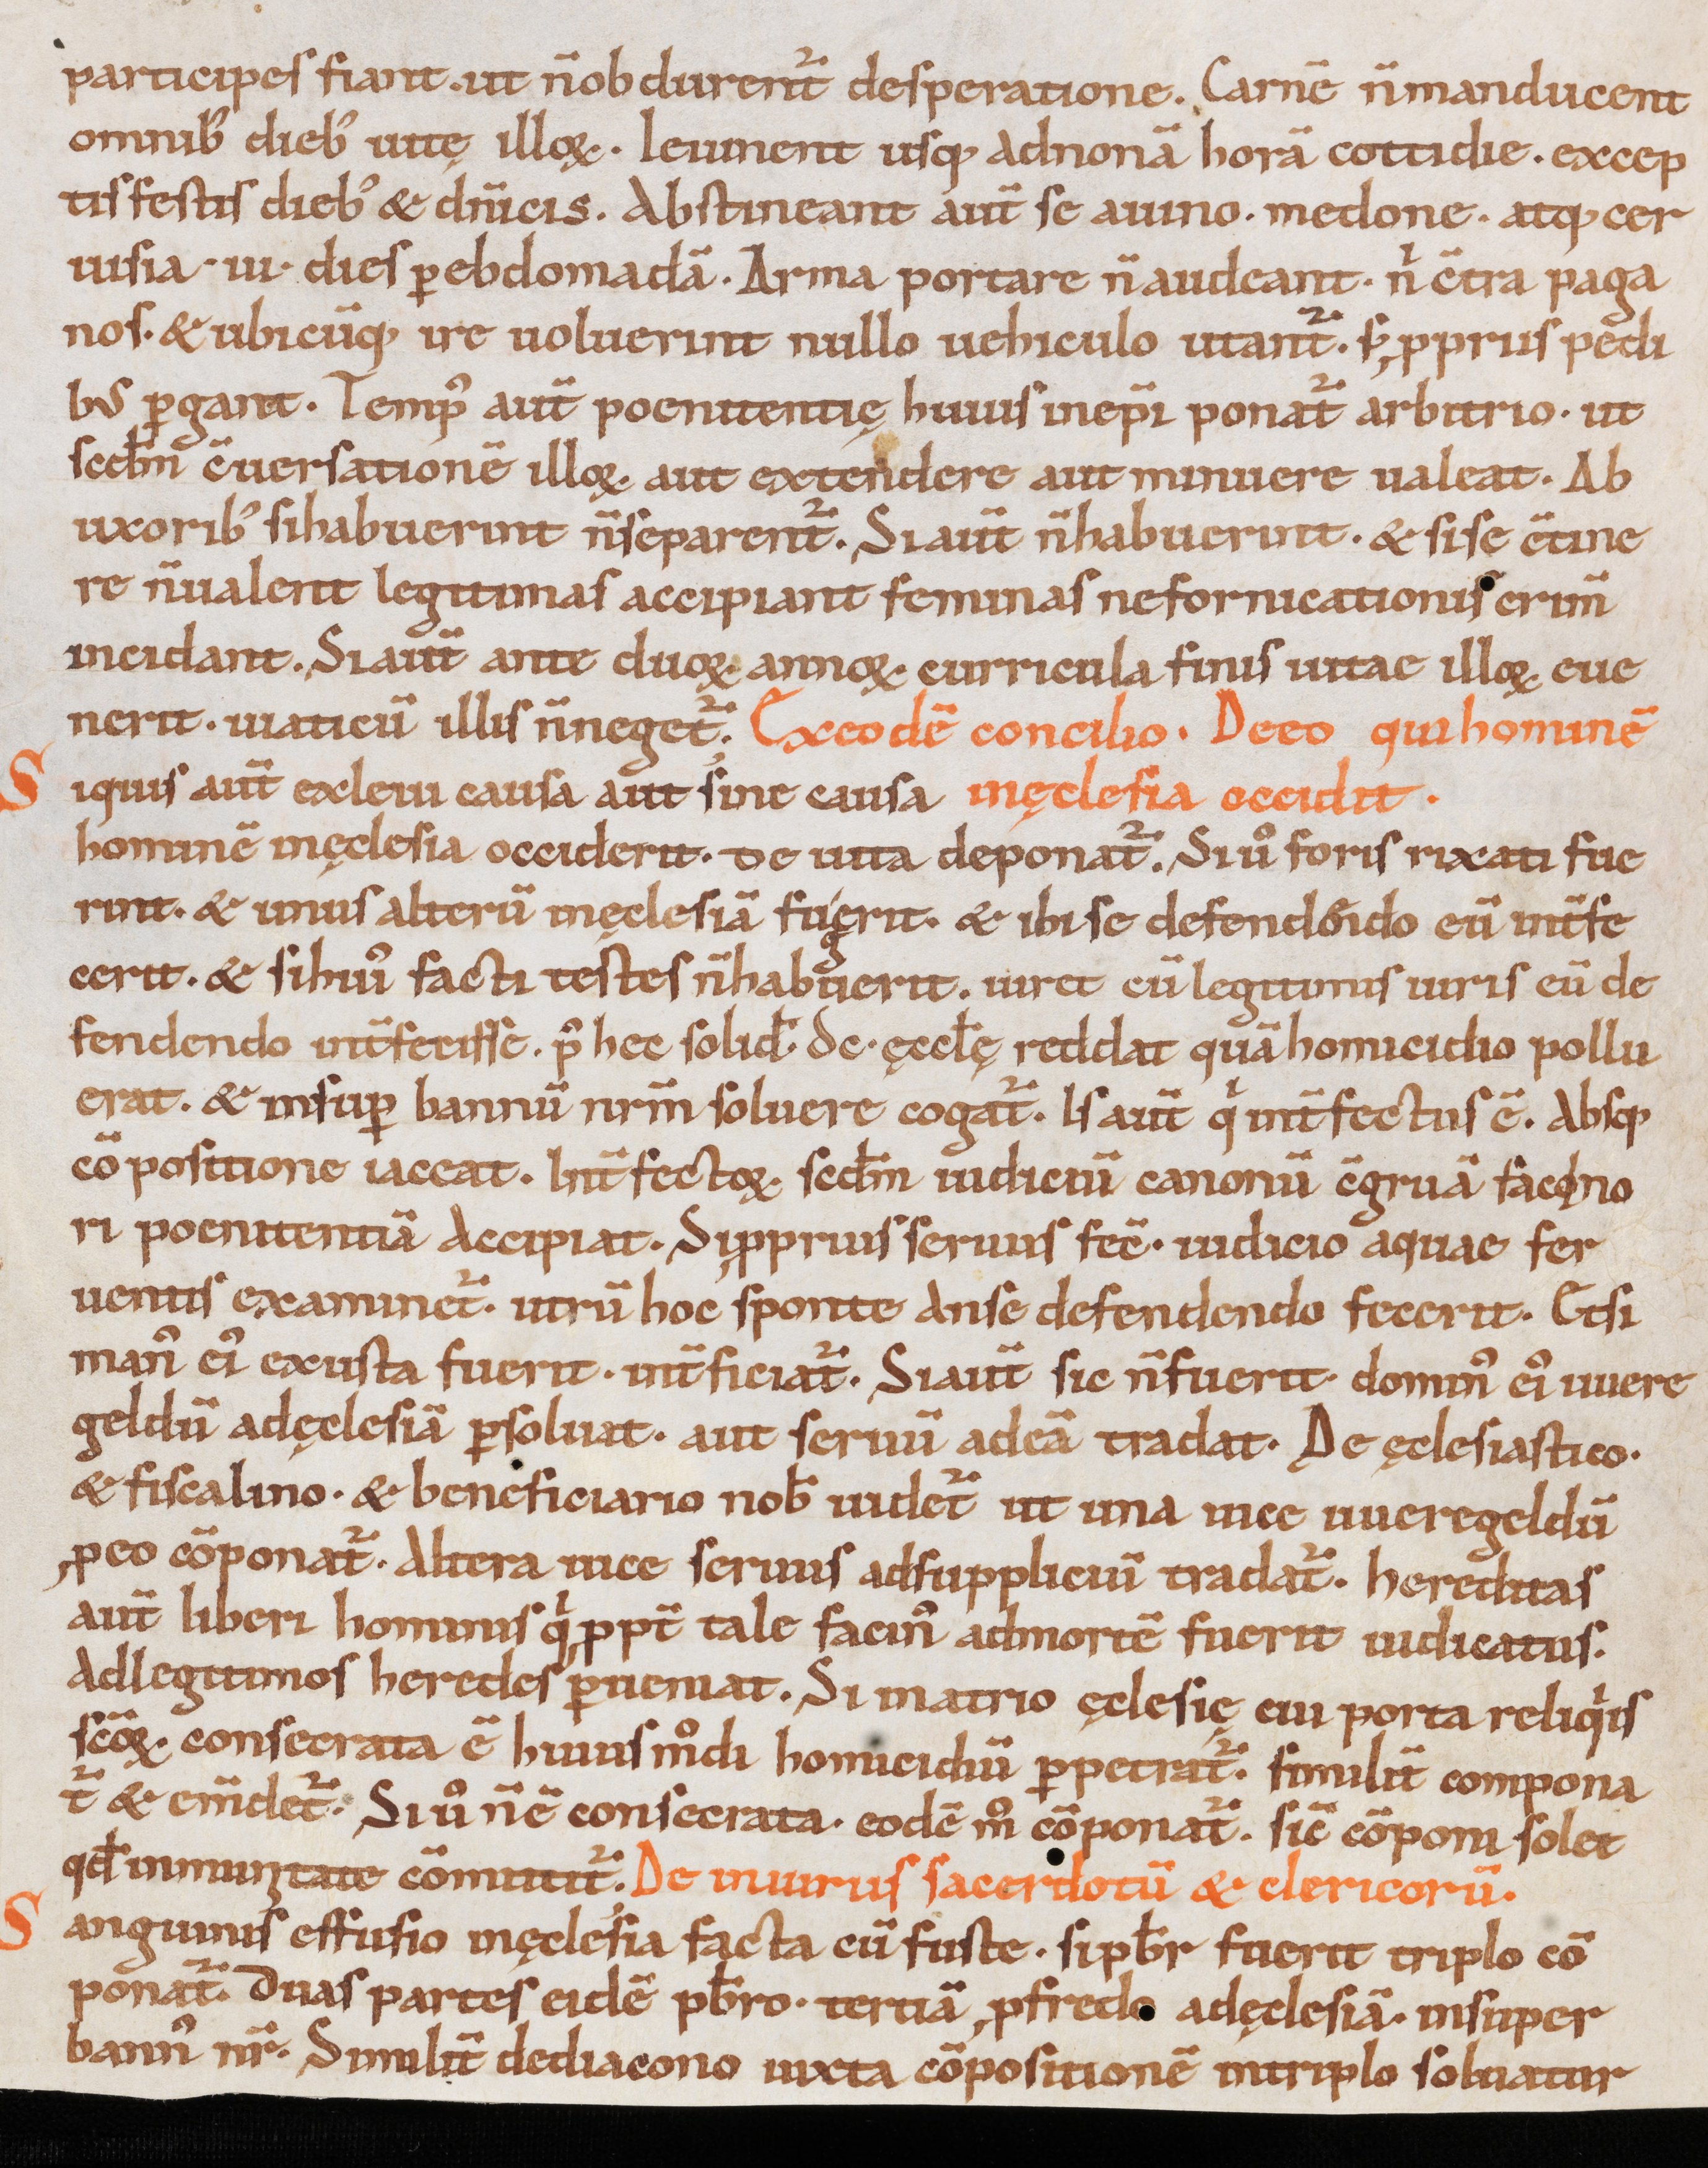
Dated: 1000–1199